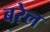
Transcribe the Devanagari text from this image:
बरेल